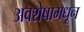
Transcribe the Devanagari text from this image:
अवशेषामधून